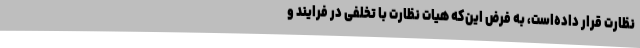
نظارت قرار داده‌است، به فرض این‌که هیات نظارت با تخلفی در فرایند و